Indian journal of veterinary science and animal husbandry - Volume 9,
Year: 1939
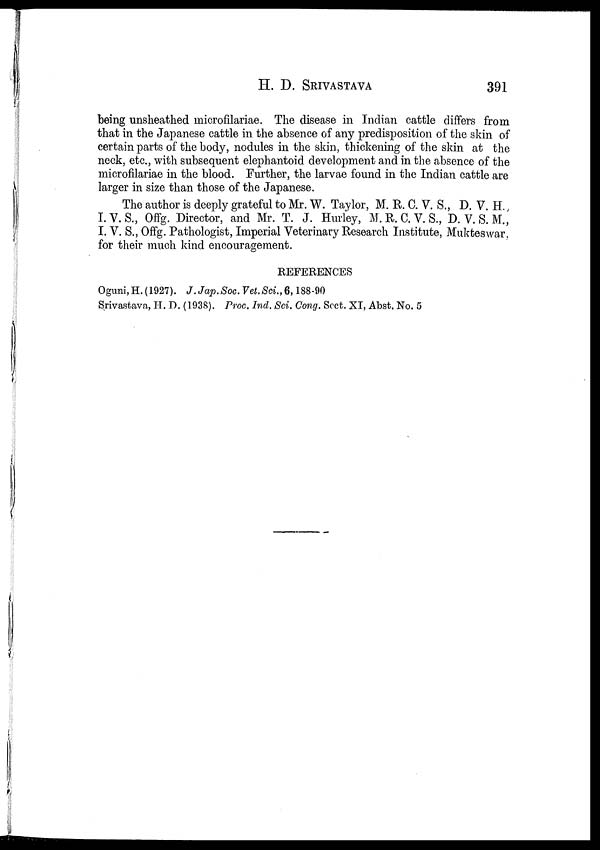
H. D.
SRIVASTAVA
391
being unsheathed microfilariae. The disease in Indian cattle differs from
that in the Japanese cattle in the absence of any predisposition of the skin of
certain parts of the body, nodules in the skin, thickening of the skin at the
neck, etc., with subsequent elephantoid development and in the absence of the
microfilariae in the blood. Further, the larvae found in the Indian cattle are
larger in size than those of the Japanese.
The author is deeply grateful to Mr. W. Taylor, M. R. C. V. S., D. V. H.,
I.V.S., Offg. Director, and Mr. T. J. Hurley, M. R. C. V. S., D. V.S.M.,
I. V. S., Offg. Pathologist, Imperial Veterinary Research Institute, Mukteswar,
for their much kind encouragement.
REFERENCES
Oguni,H.(1927).
J.Jap.Soc.Vet.Sci.,6,188-90
Srivastava, H. D. (1938). Proc. Ind. Sci. Cong. Sect. XI, Abst. No. 5